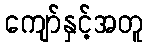
ကျော်နှင့်အတူ